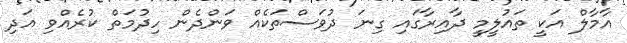
އާމާލް އަކީ ތައުލީމީ ދާއިރާގައި ގިނަ ދުވަސްތަކެއް ވަންދެން ހިދުމަތް ކުރެއްވި އަދި